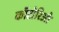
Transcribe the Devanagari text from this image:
कॉटोरिओ